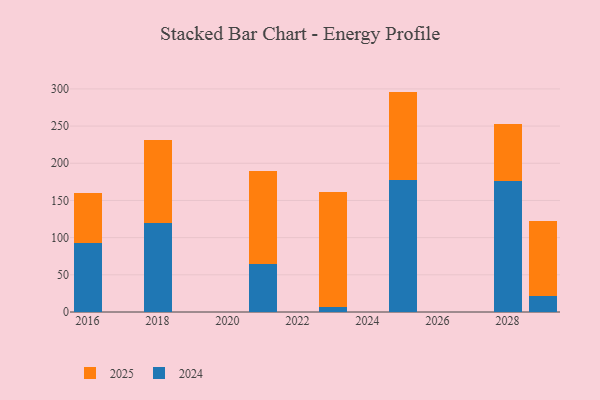
{"axis": {"x": "Year", "y": "Shipments"}, "legend": ["2024", "2025"], "data": [{"x": "2029", "y": 21.2, "type": "2024"}, {"x": "2029", "y": 101.3, "type": "2025"}, {"x": "2018", "y": 119.6, "type": "2024"}, {"x": "2018", "y": 111.5, "type": "2025"}, {"x": "2021", "y": 64.1, "type": "2024"}, {"x": "2021", "y": 125.4, "type": "2025"}, {"x": "2016", "y": 92.7, "type": "2024"}, {"x": "2016", "y": 66.7, "type": "2025"}, {"x": "2023", "y": 6.4, "type": "2024"}, {"x": "2023", "y": 154.7, "type": "2025"}, {"x": "2025", "y": 177.3, "type": "2024"}, {"x": "2025", "y": 119.1, "type": "2025"}, {"x": "2028", "y": 175.8, "type": "2024"}, {"x": "2028", "y": 77.0, "type": "2025"}]}